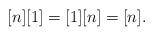
LaTeX: \begin{align*}[n][1]=[1][n]=[n].\end{align*}